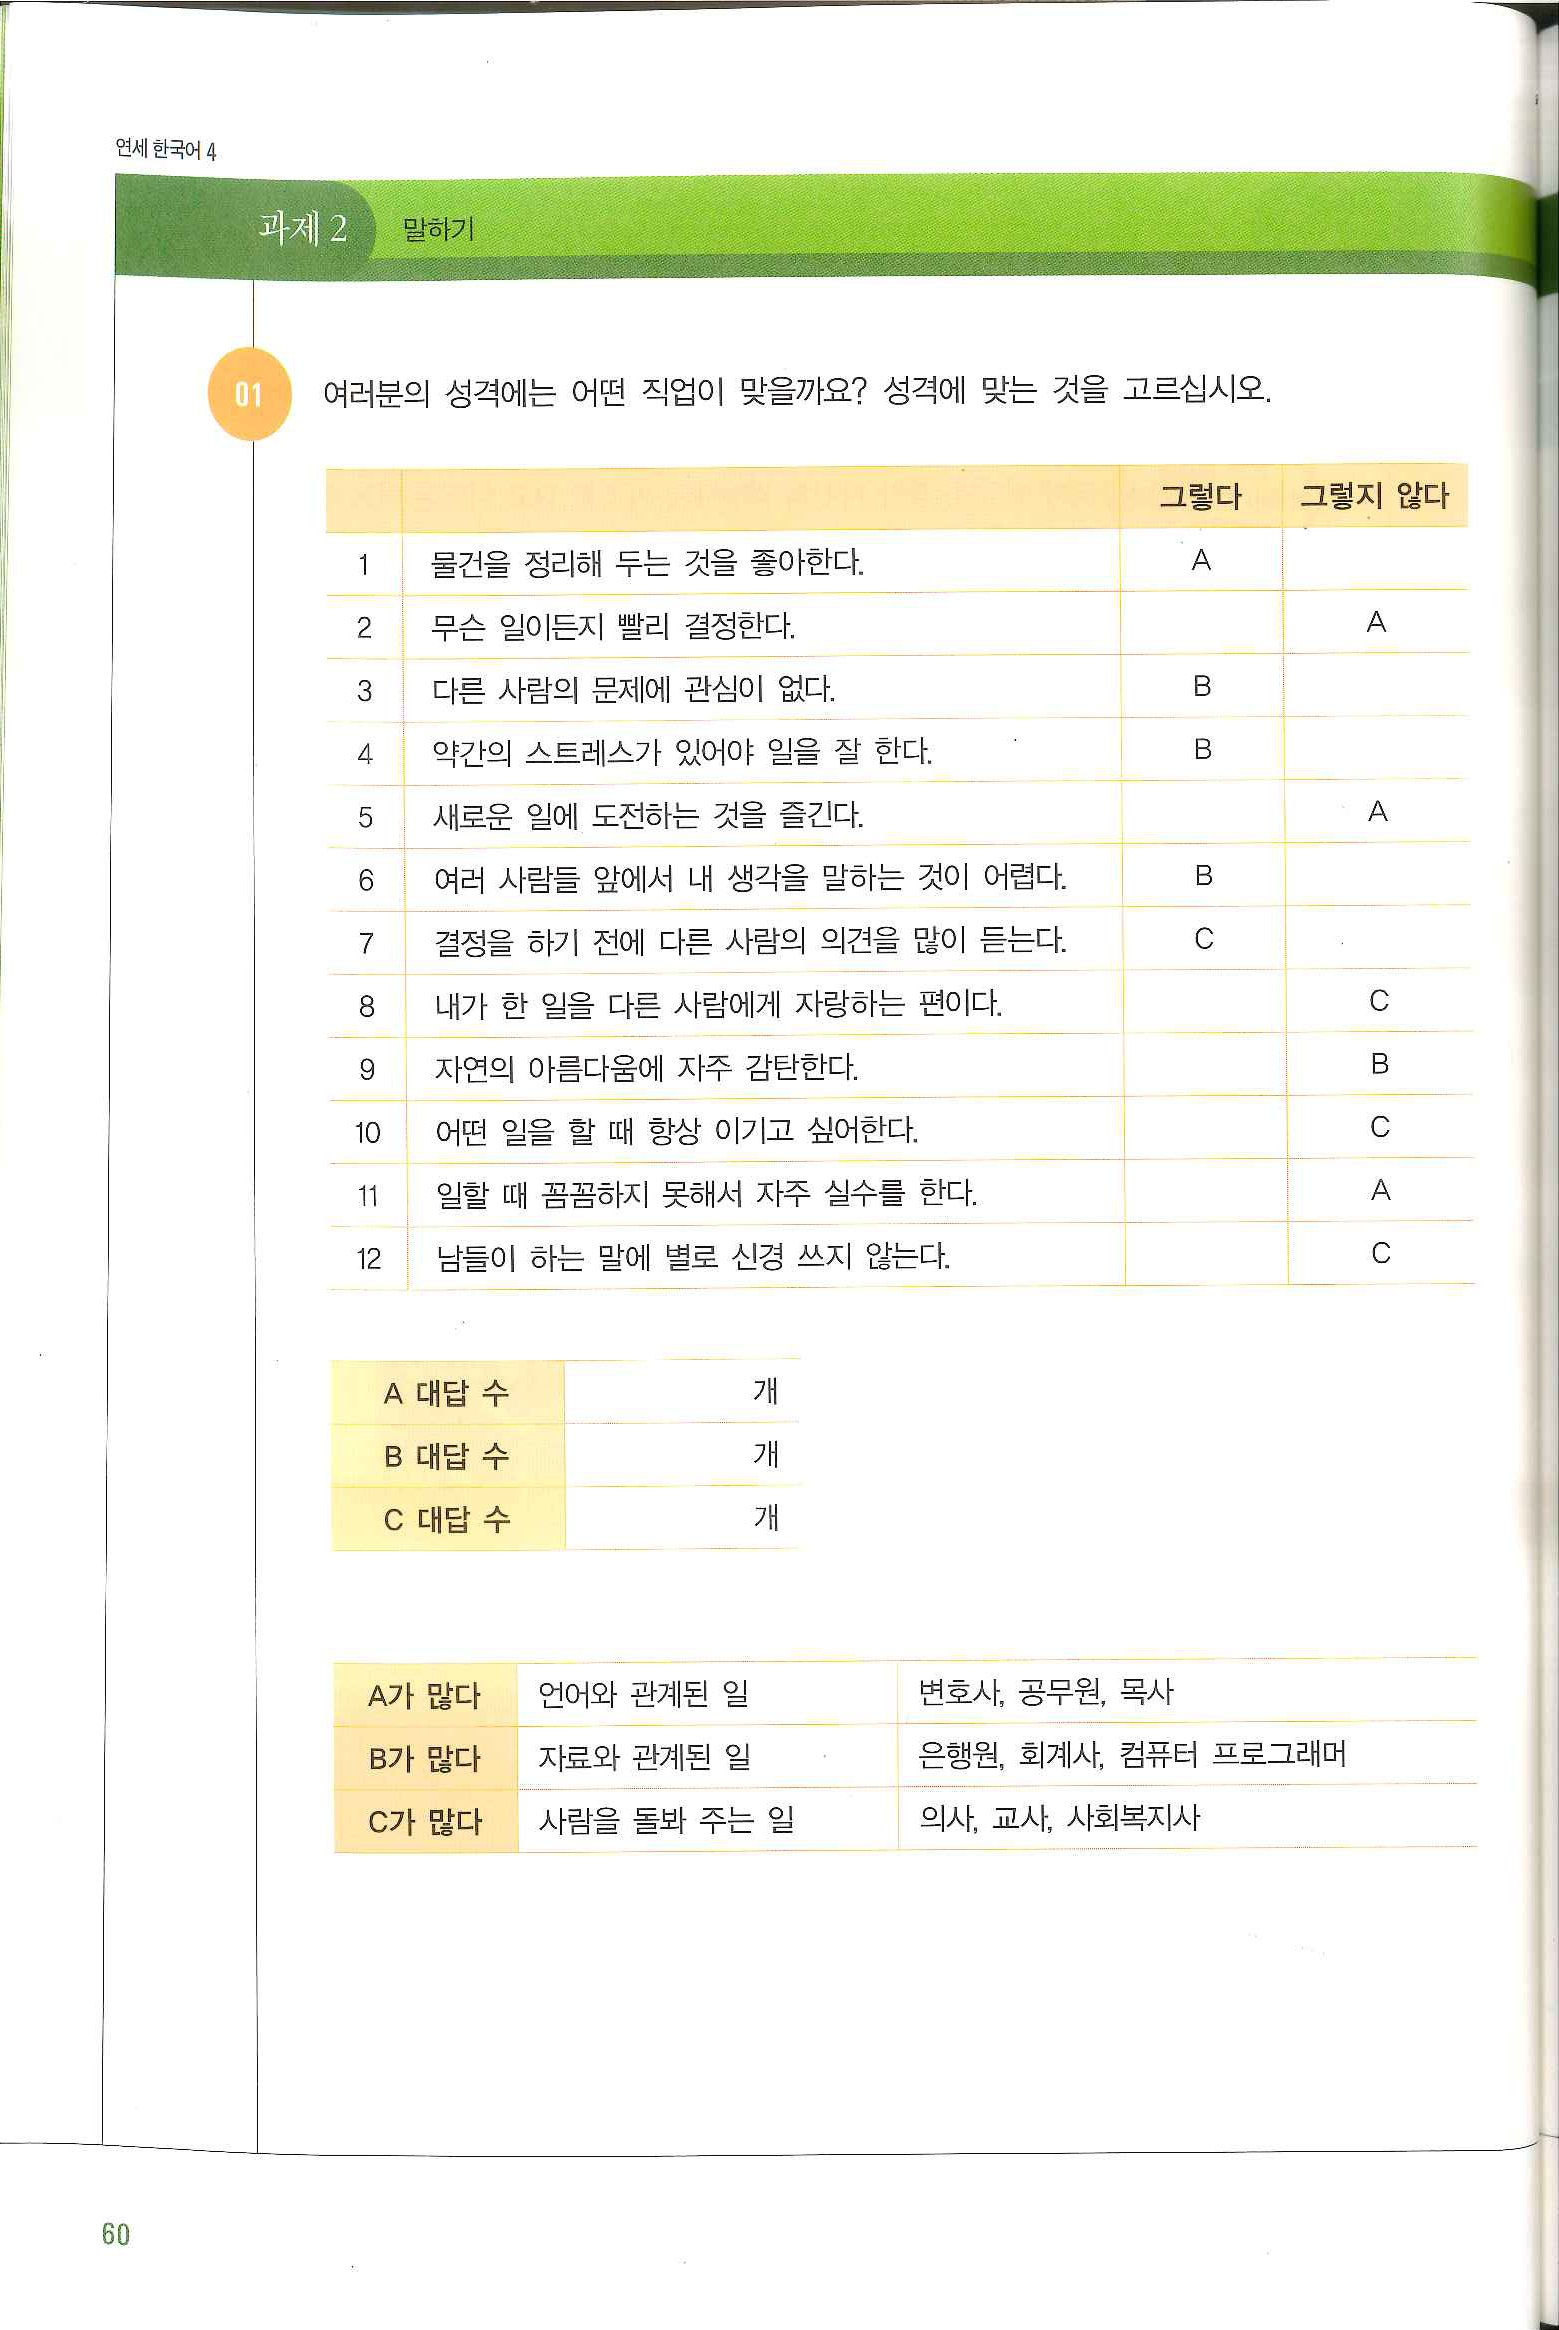
Language: ko